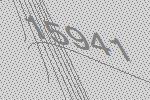
15941